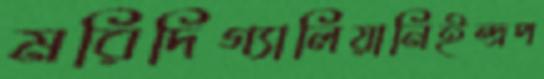
মরিদিগ্যালিয়ানিইন্দ্রপ